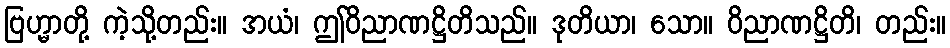
ဗြဟ္မာတို့ ကဲ့သို့တည်း။ အယံ၊ ဤဝိညာဏဋ္ဌိတိသည်။ ဒုတိယာ၊ သော။ ဝိညာဏဋ္ဌိတိ၊ တည်း။